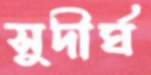
সুদীর্ঘ